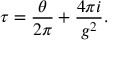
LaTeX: \tau = \frac { \theta } { 2 \pi } + \frac { 4 \pi i } { g ^ { 2 } } .